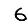
Digit: 6